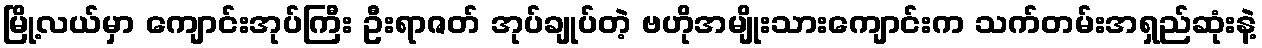
မြို့လယ်မှာ ကျောင်းအုပ်ကြီး ဦးရာဇတ် အုပ်ချုပ်တဲ့ ဗဟိုအမျိုးသားကျောင်းက သက်တမ်းအရှည်ဆုံးနဲ့